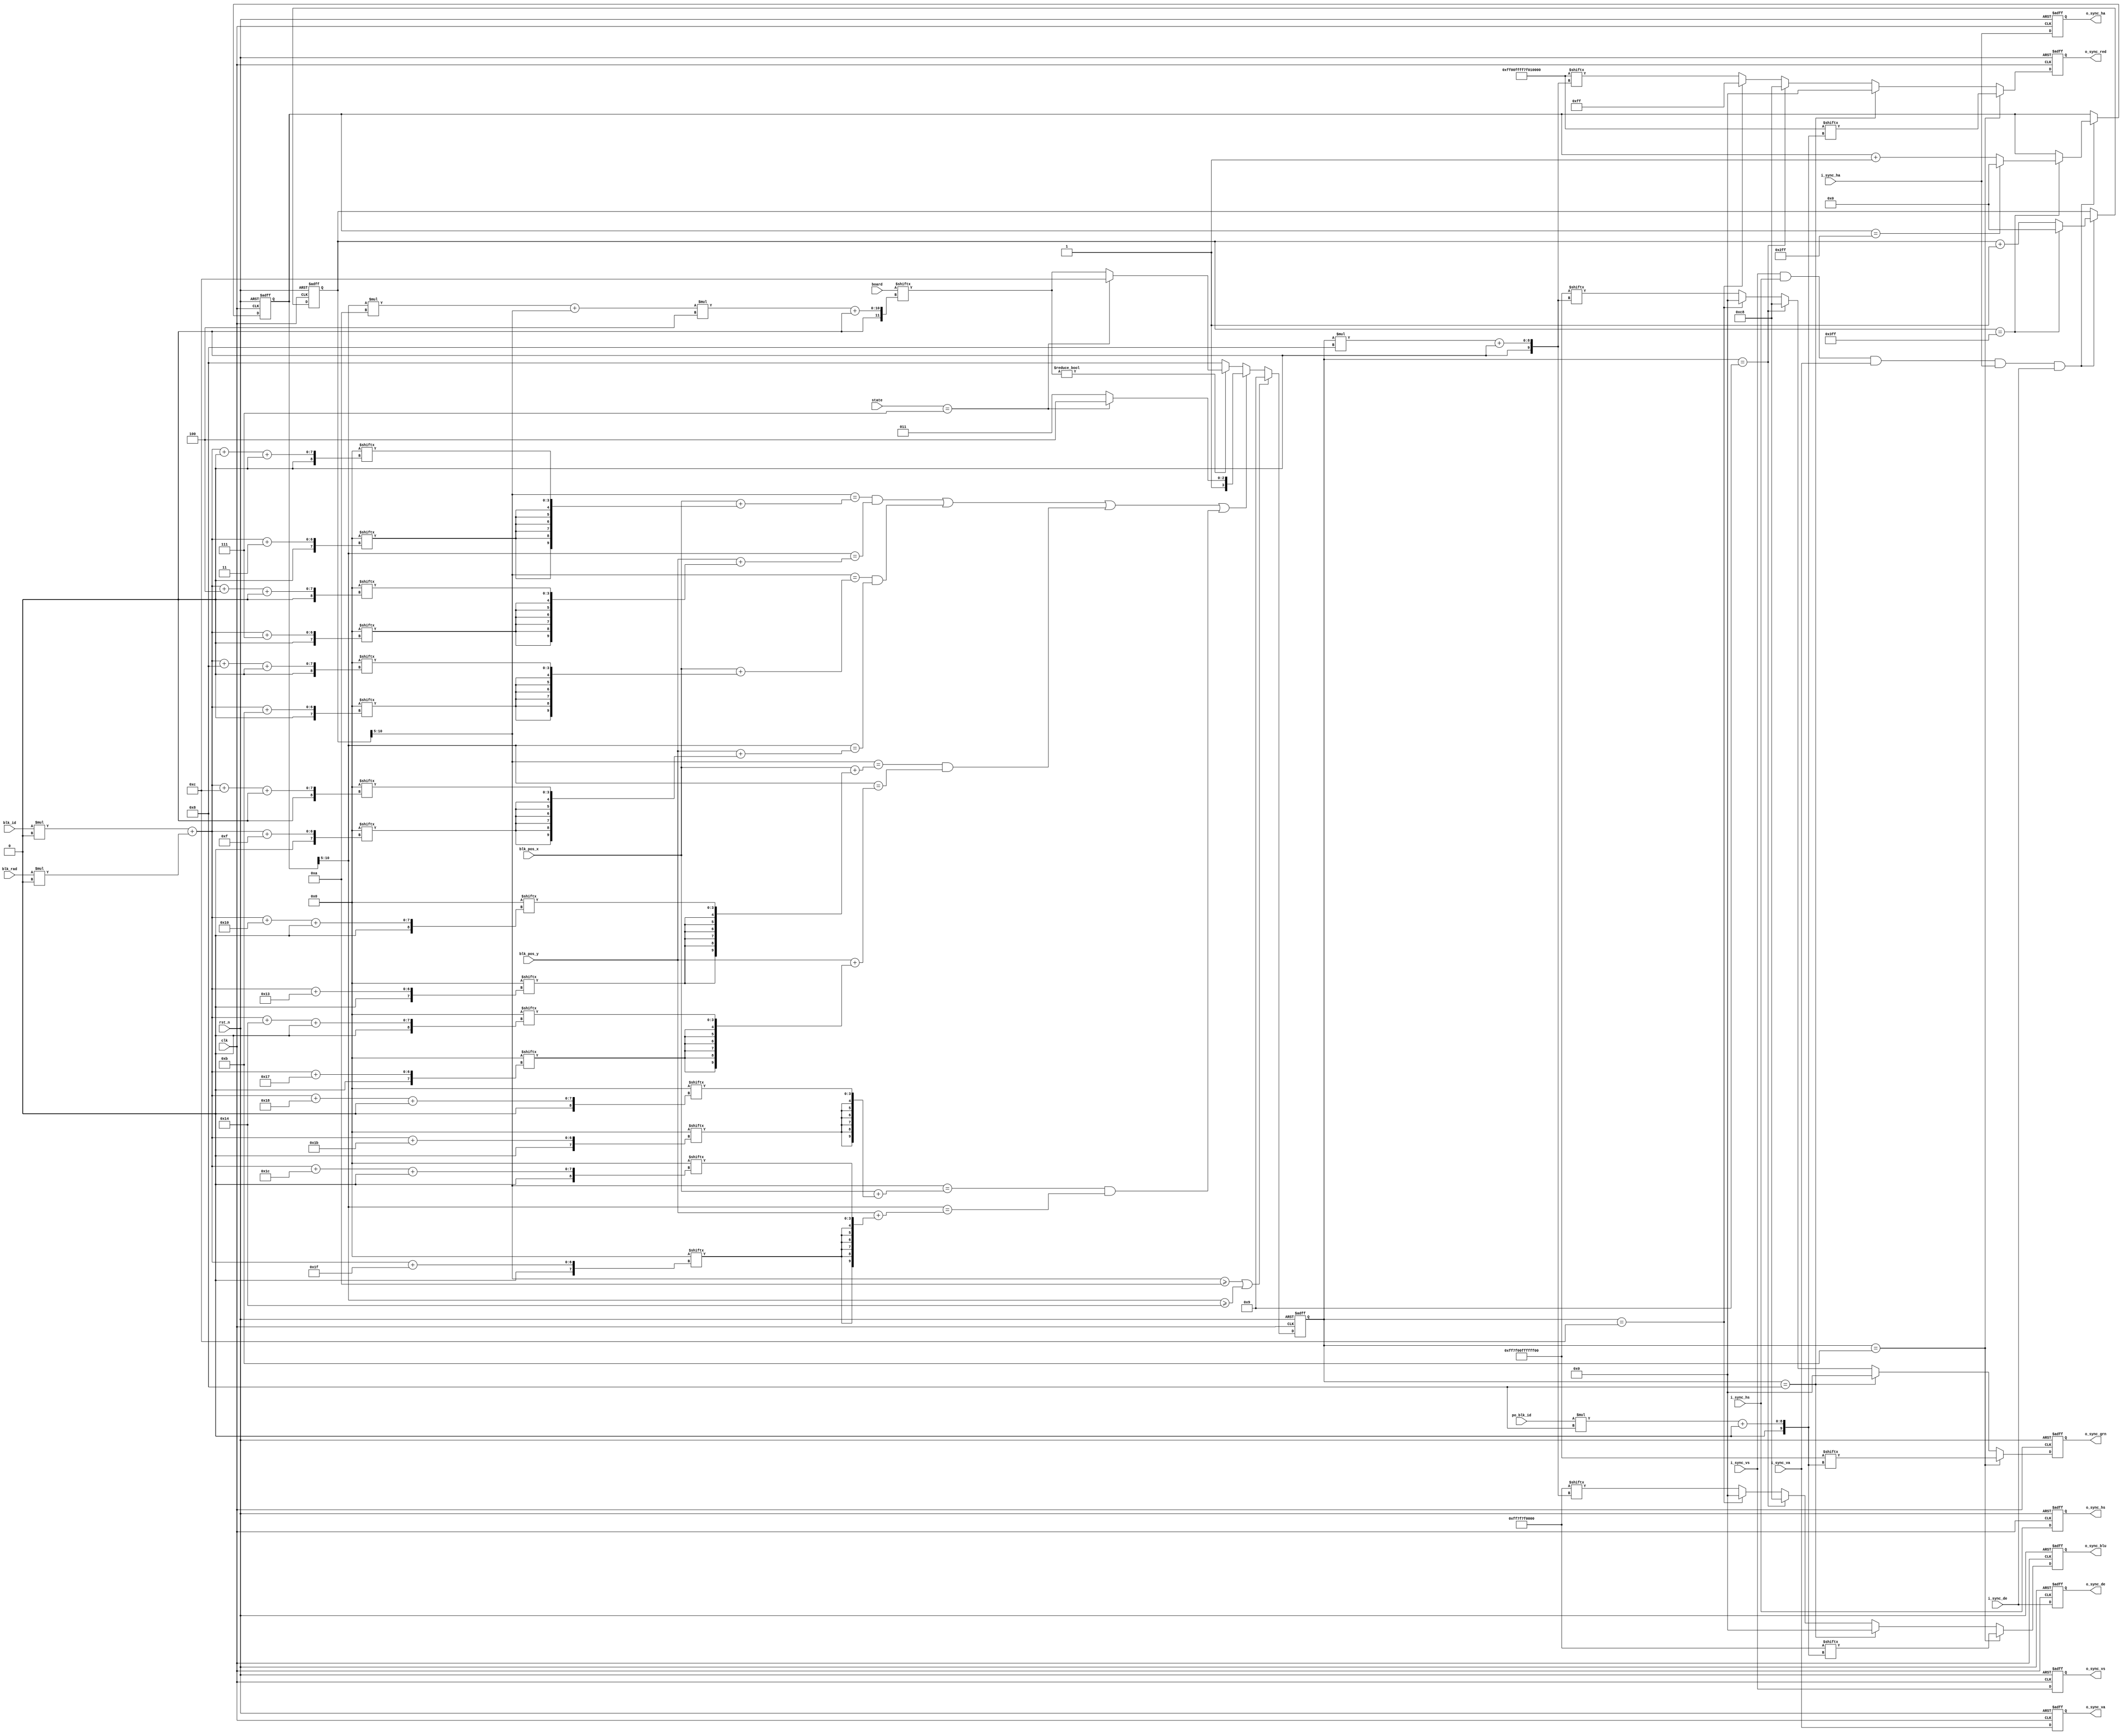
`timescale 1ns/1ps

module draw_rect #(
	parameter BLOCKS = 1024'b0,
	parameter IW = 0,
	parameter RW = 0
) (
	input clk,
	input rst_n,

	input i_sync_vs,
	input i_sync_hs,
	input i_sync_va,
	input i_sync_ha,
	input i_sync_de,
	input [4:0] blk_pos_x,
	input [4:0] blk_pos_y,
	input [3:0] blk_id,
	input [3:0] po_blk_id,
	input [1:0] blk_rad,
	input [1023:0] board,
	input [3:0] state,

	output reg o_sync_vs,
	output reg o_sync_hs,
	output reg o_sync_va,
	output reg o_sync_ha,
	output reg o_sync_de,
	output reg [8-1:0] o_sync_red,
	output reg [8-1:0] o_sync_grn,
	output reg [8-1:0] o_sync_blu 
);

parameter MAX_W = 11'd1024;
parameter MAX_H	= 11'd768;

parameter COLOR_BLANK = 4'd8;
parameter COLOR_OUTER = 4'd9;
parameter COLOR_BLOCK = 4'd10;
parameter COLOR_TARGET = 4'd11;
parameter COLOR_GAME_OVER = 4'd12;

parameter STATE_GAME_OVER = 4'd7;

parameter [63 : 0] COLOR_TARGET_RED = {
	8'd255, 8'd0, 8'd255, 8'd255, 8'd127, 8'd0, 8'd255, 8'd0
};

parameter [63 : 0] COLOR_TARGET_GRN = {
	8'd0, 8'd255, 8'd127, 8'd0, 8'd255, 8'd255, 8'd255, 8'd0
};

parameter [63 : 0] COLOR_TARGET_BLU = {
	8'd0, 8'd0, 8'd0, 8'd255, 8'd127, 8'd127, 8'd0, 8'd0
};

reg [11-1: 0] r_cnt_x;
reg	[11-1: 0] r_cnt_y;

reg [3:0] area;

wire [9:0] board_y;
assign board_y = r_cnt_y >> 5;

wire [9:0] board_x;
assign board_x = r_cnt_x >> 5;

wire [9:0] offset;
assign offset = (board_y * 10 + board_x) * 4;

wire [9:0] blk_offset;
assign blk_offset = blk_id * IW + blk_rad * RW;

wire [9:0] blk_abs_x_1;
wire [9:0] blk_abs_y_1;
wire [9:0] blk_abs_x_2;
wire [9:0] blk_abs_y_2;
wire [9:0] blk_abs_x_3;
wire [9:0] blk_abs_y_3;
wire [9:0] blk_abs_x_4;
wire [9:0] blk_abs_y_4;

assign blk_abs_x_1 = { 5'b0, blk_pos_x } + { {6{BLOCKS[blk_offset+ 3]}}, BLOCKS[blk_offset+ 0 +: 4] };
assign blk_abs_y_1 = { 5'b0, blk_pos_y } + { {6{BLOCKS[blk_offset+ 7]}}, BLOCKS[blk_offset+ 4 +: 4] };
assign blk_abs_x_2 = { 5'b0, blk_pos_x } + { {6{BLOCKS[blk_offset+11]}}, BLOCKS[blk_offset+ 8 +: 4] };
assign blk_abs_y_2 = { 5'b0, blk_pos_y } + { {6{BLOCKS[blk_offset+15]}}, BLOCKS[blk_offset+12 +: 4] };
assign blk_abs_x_3 = { 5'b0, blk_pos_x } + { {6{BLOCKS[blk_offset+19]}}, BLOCKS[blk_offset+16 +: 4] };
assign blk_abs_y_3 = { 5'b0, blk_pos_y } + { {6{BLOCKS[blk_offset+23]}}, BLOCKS[blk_offset+20 +: 4] };
assign blk_abs_x_4 = { 5'b0, blk_pos_x } + { {6{BLOCKS[blk_offset+27]}}, BLOCKS[blk_offset+24 +: 4] };
assign blk_abs_y_4 = { 5'b0, blk_pos_y } + { {6{BLOCKS[blk_offset+31]}}, BLOCKS[blk_offset+28 +: 4] };

// AREA
always @ (posedge clk or negedge rst_n) begin
	if (~rst_n) begin
		area <= 0;
	end else begin
		if (board_x >= 10 || board_y >= 20) begin
			area <= COLOR_OUTER;
		end else if (
			(board_x == blk_abs_x_1 && board_y == blk_abs_y_1) ||
			(board_x == blk_abs_x_2 && board_y == blk_abs_y_2) ||
			(board_x == blk_abs_x_3 && board_y == blk_abs_y_3) ||
			(board_x == blk_abs_x_4 && board_y == blk_abs_y_4)
		) begin
			area <= (state == STATE_GAME_OVER ? COLOR_GAME_OVER : COLOR_TARGET);
		end else if (board[offset +: 4] != 4'b0) begin
			area <= (state == STATE_GAME_OVER ? COLOR_GAME_OVER : board[offset +: 4]);
		end else begin
			area <= COLOR_BLANK;
		end
	end
end

assign i_sync_all = i_sync_vs & i_sync_hs & i_sync_va & i_sync_ha & i_sync_de;

always @ (posedge clk or negedge rst_n) begin
	if (~rst_n) begin
		r_cnt_x	<= 11'd0;
		r_cnt_y	<= 11'd0;
	end else if (i_sync_all) begin
		if (r_cnt_x == (MAX_W - 1)) begin
			r_cnt_x	<= 11'd0;
			
			if (r_cnt_y == (MAX_H - 1)) begin
				r_cnt_y	<= 11'd0;
			end else begin
				r_cnt_y	<= r_cnt_y + 1;
			end
		end else begin
			r_cnt_x	<= r_cnt_x + 1;
		end
	end
end

always @ (posedge clk or negedge rst_n) begin
	if (~rst_n) begin
		o_sync_vs <= 1'b0;
		o_sync_hs <= 1'b0;
		o_sync_va <= 1'b0;
		o_sync_ha <= 1'b0;
		o_sync_de <= 1'b0;
		o_sync_red <= 8'd0;
		o_sync_grn <= 8'd0;
		o_sync_blu <= 8'd0;
	end else begin
		o_sync_vs <= i_sync_vs;
		o_sync_hs <= i_sync_hs;
		o_sync_va <= i_sync_va;
		o_sync_ha <= i_sync_ha;
		o_sync_de <= i_sync_de;
		
		if (area == COLOR_TARGET) begin
			o_sync_red <= COLOR_TARGET_RED[{ 2'b0, po_blk_id } * 8 +: 8];
			o_sync_grn <= COLOR_TARGET_GRN[{ 2'b0, po_blk_id } * 8 +: 8];
			o_sync_blu <= COLOR_TARGET_BLU[{ 2'b0, po_blk_id } * 8 +: 8];
		end else if (area == COLOR_BLANK) begin
			o_sync_red <= 8'd0;
			o_sync_grn <= 8'd0;
			o_sync_blu <= 8'd0;
		end else if (area == COLOR_OUTER) begin
			o_sync_red <= 8'd200;
			o_sync_grn <= 8'd200;
			o_sync_blu <= 8'd200;
		end else if (area == COLOR_GAME_OVER) begin
			o_sync_red <= 8'd255;
			o_sync_grn <= 8'd0;
			o_sync_blu <= 8'd0;
		end else begin
			o_sync_red <= COLOR_TARGET_RED[{ 2'b0, area } * 8 +: 8];
			o_sync_grn <= COLOR_TARGET_GRN[{ 2'b0, area } * 8 +: 8];
			o_sync_blu <= COLOR_TARGET_BLU[{ 2'b0, area } * 8 +: 8];
		end
	end
end

endmodule